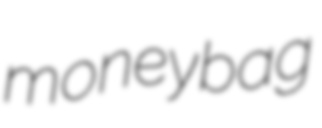
moneybag